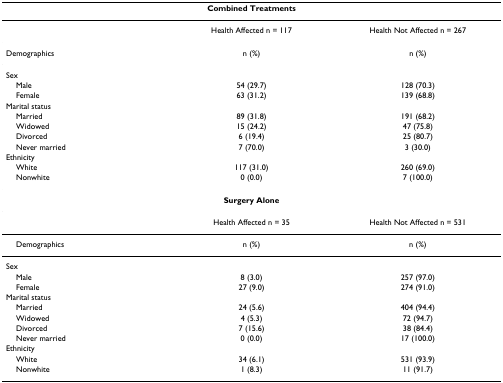
| <COLSPAN=3> Combined Treatments |
 | --- | --- | --- |
 |  | Health Affected n = 117 | Health Not Affected n = 267 |
 | Demographics | n (%) | n (%) |
 | Sex |  |  |
 | Male | 54 (29.7) | 128 (70.3) |
 | Female | 63 (31.2) | 139 (68.8) |
 | Marital status |  |  |
 | Married | 89 (31.8) | 191 (68.2) |
 | Widowed | 15 (24.2) | 47 (75.8) |
 | Divorced | 6 (19.4) | 25 (80.7) |
 | Never married | 7 (70.0) | 3 (30.0) |
 | Ethnicity |  |  |
 | White | 117 (31.0) | 260 (69.0) |
 | Nonwhite | 0 (0.0) | 7 (100.0) |
 | <COLSPAN=3> Surgery Alone |
 |  | Health Affected n = 35 | Health Not Affected n = 531 |
 | Demographics | n (%) | n (%) |
 | Sex |  |  |
 | Male | 8 (3.0) | 257 (97.0) |
 | Female | 27 (9.0) | 274 (91.0) |
 | Marital status |  |  |
 | Married | 24 (5.6) | 404 (94.4) |
 | Widowed | 4 (5.3) | 72 (94.7) |
 | Divorced | 7 (15.6) | 38 (84.4) |
 | Never married | 0 (0.0) | 17 (100.0) |
 | Ethnicity |  |  |
 | White | 34 (6.1) | 531 (93.9) |
 | Nonwhite | 1 (8.3) | 11 (91.7) |